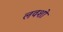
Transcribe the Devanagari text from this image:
लवशो